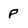
Character: p